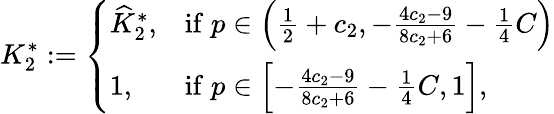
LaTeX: K_{2}^{*}:=\left\{ \begin{array}{ll}{\widehat{K}_{2}^{*},}&{\mathrm{if}\; p\in\left(\frac{1}{2}+c_{2},-\frac{4c_{2}-9}{8c_{2}+6}-\frac{1}{4}C\right)}\\ {1,}&{\mathrm{if}\; p\in\left[-\frac{4c_{2}-9}{8c_{2}+6}-\frac{1}{4}C,1\right],}\end{array}\right.